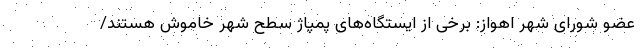
عضو شورای شهر اهواز: برخی از ایستگاه‌های پمپاژ سطح شهر خاموش هستند/